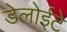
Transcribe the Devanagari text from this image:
डेलोईटे